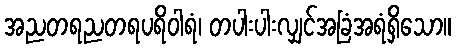
အညတရညတရပရိဝါရံ၊ တပါးပါးလျှင်အခြံအရံရှိသော။